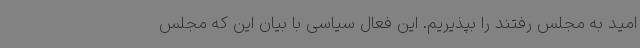
امید به مجلس رفتند را بپذیریم. این فعال سیاسی با بیان این که مجلس